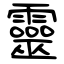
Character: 靈